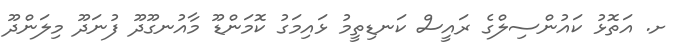
ށ. އަތޮޅު ކައުންސިލްގެ ރައީސް ކަނޑިތީމު ޅައިމަގު ކޮމަންޑޫ މާއުނގޫދޫ ފުނަދޫ މިލަންދޫ